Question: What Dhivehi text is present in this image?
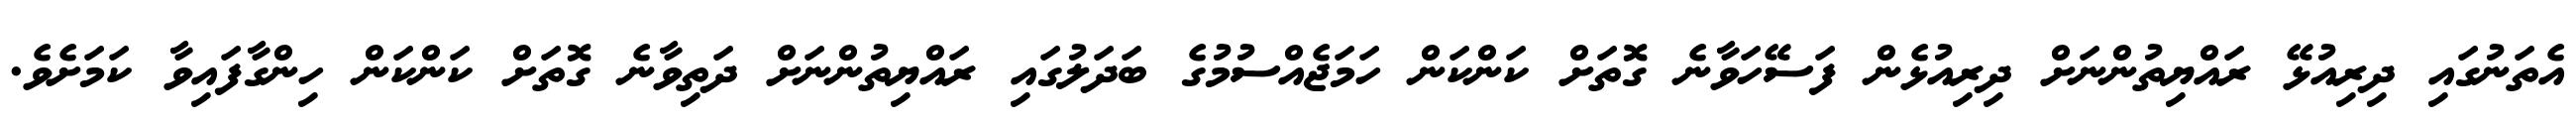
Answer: އެތަނުގައި ދިރިއުޅޭ ރައްޔިތުންނަށް ދިރިއުޅެން ފަސޭހަވާނެ ގޮތަށް ކަންކަން ހަމަޖެއްސުމުގެ ބަދަލުގައި ރައްޔިތުންނަށް ދަތިވާނެ ގޮތަށް ކަންކަން ހިންގާފައިވާ ކަމަށެވެ.